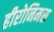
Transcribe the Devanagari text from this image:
हीरोनिमस